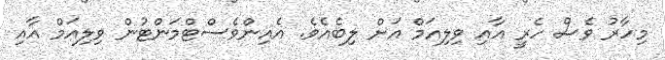
މިހާރު ވެސް ހެރީ އާއި ވިލިއަމް އަށް ލިބެއެވެ. އެއިންވެސްޓްމަންޓުން ވިލިއަމް އާއި